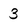
Character: 3